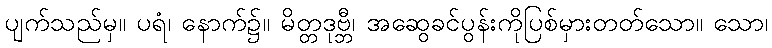
ပျက်သည်မှ။ ပရံ၊ နောက်၌။ မိတ္တဒုဗ္ဘီ၊ အဆွေခင်ပွန်းကိုပြစ်မှားတတ်သော။ သော၊